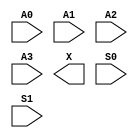
module sky130_fd_sc_hs__udp_mux_4to2 (
    //# {{data|Data Signals}}
    input  A0,
    input  A1,
    input  A2,
    input  A3,
    output X ,

    //# {{control|Control Signals}}
    input  S0,
    input  S1
);
endmodule